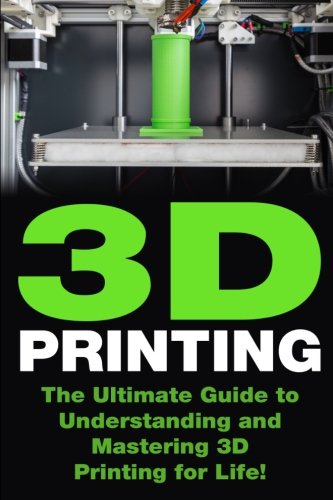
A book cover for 3D Printing: The Ultimate Guide to Mastering 3D Printing for Life (3D Printing, 3D Printing Guide, 3D Printing Book, 3D Printing Business); Greg Norton; Computers & Technology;